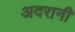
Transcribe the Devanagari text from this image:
अदरानी